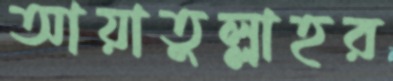
আয়াতুল্লাহর